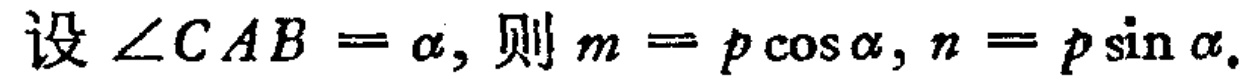
设\(\angle CAB = \alpha\)，则\(m = p\cos\alpha, n = p\sin\alpha\)。